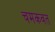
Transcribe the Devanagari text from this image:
चमकवत